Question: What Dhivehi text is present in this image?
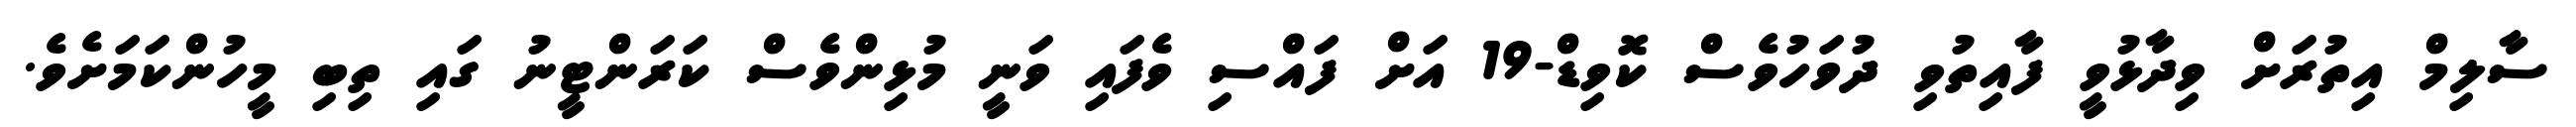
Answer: ސާލިމް އިތުރަށް ވިދާޅުވީ ފާއިތުވި ދުވަހުވެސް ކޮވިޑް-19 އަށް ފައްސި ވެފައި ވަނީ މުޅިންވެސް ކަރަންޓީނު ގައި ތިބި މީހުންކަމަށެވެ.